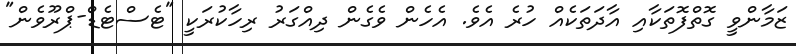
ޒަމާންވީ ގޮތްފޮތަކާއި އާދަތަކެއް ހުރެ އެވެ. އެހެން ވެގެން ދިއްގަރު ރިހާކުރަކީ "ޓެސްޓެޑް-ޕްރޫވެން"